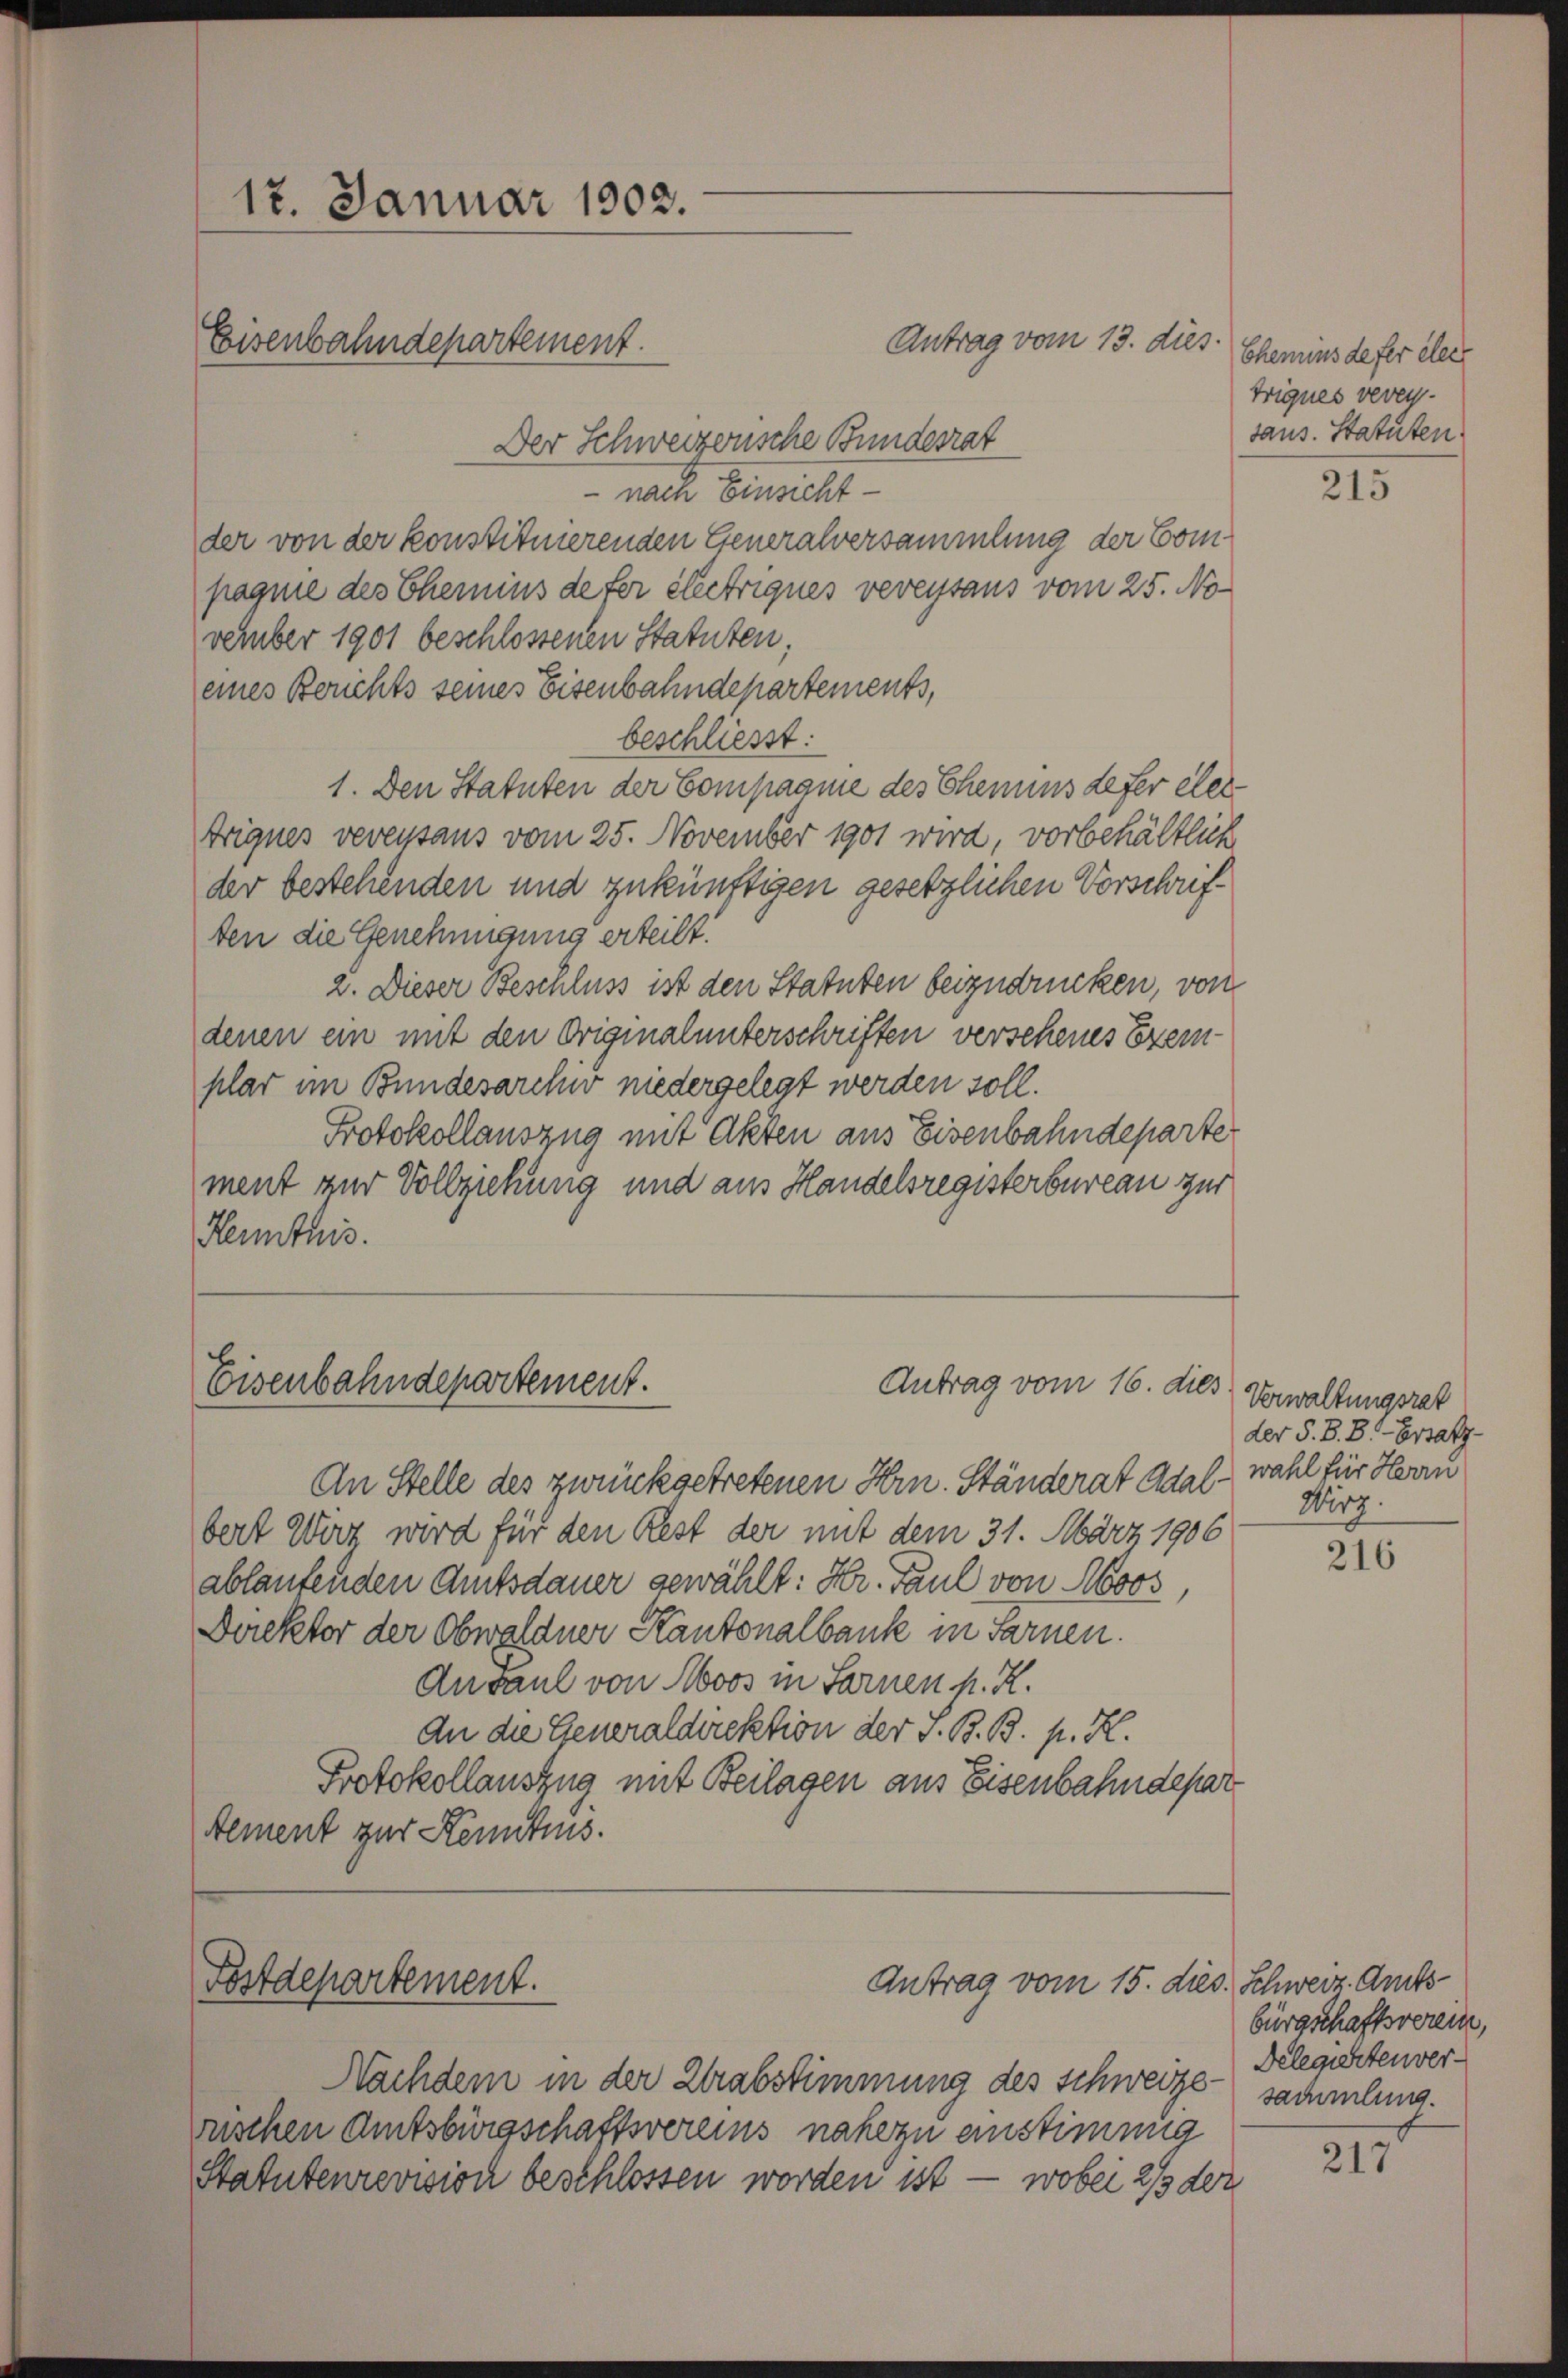
Der Schweizerische Bundesrat
- nach Einsicht
der von der konstituierenden Generalversammlung der Compagnie des Chemins defer electriques vereitaus vom 25. No
vember 1901 beschlossenen Statuten,
eines Berichts seines Eisenbahndepartements,
beschließt:
1. Den Statuten der Compagnie des Chemins defer eler
Erigues vereistaus vom 25. November 1901 wird, vorbehältlich
der bestehenden und zukünftigen gesetzlichen Vorschriften die Genehmigung erteilt.
2. Dieser Beschluss ist den Statuten beizudrücken, von
denen ein mit den Originalunterschriften verschenes Exemplar im Bundesarchiv niedergelegt werden soll.
Protokollauszug mit Akten aus Eisenbahndeparte
ment zur Vollziehung und aus Handelsregisterbureau zur
Kenntnis.

17. Januar 1902.
Eisenbahndepartement.

Eisenbahndepartement.

Postdepartement.

Antrag vom 13. dies

Antrag vom 16. dies

Antrag vom 15. dies. Schweiz. Amts

An Stelle des zurückgetretenen Hrn. Ständerat Adalbert Wirz wird für den Rest der mit dem 31. März 1906
ablaufenden Amtsdauer gewählt: Hr. Paul von Moos,
Direktor der Obwaldner Kantonalbank in Sarnen.
Ansaul von Moos in Sarnen p. R.
An die Generaldirektion der S. B. B. p. H.
Protokollauszug mit Beilagen aus Eisenbahndepar
Alment zur Kenntnis.

Chemins defer elec
Erigues verei
daus. Statuten.

Nachdem in der Zerabstimmung des Schweize sammling.
uschen Amtsbürgschaftsvereins nahezu einstimmig
Statutenrevision beschlossen worden ist — wobei 2/3 der

215

Verwaltungsrat
der S. B. B. - Ersatz.
wahl für Herrn
Wirz.

216

bürgschaftsverein,
Delegirtenver-

217